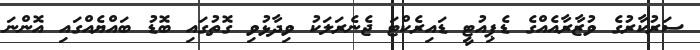
ސަރުކާރުގެ ވުޒާރާއެއްގެ ޑެޕިއުޓީ ޑައިރެކްޓަ ޖެނެރަލަކު ވިދާޅުވި ގޮތުގައި ބޮޑު ބައްޔެއްގައި އޮންނަ